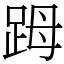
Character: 𧿹